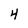
Character: 4